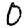
Digit: 0